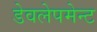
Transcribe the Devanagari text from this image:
डेवलेपमेन्ट